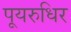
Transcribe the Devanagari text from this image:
पूयरुधिर